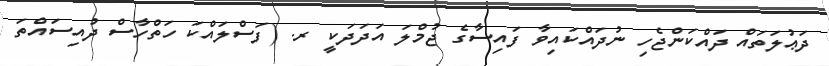
ދަޢުލަތައް ދައްކަންޖެހި ނުދައްކައިވާ ފައިސާގެ ޖުމްލަ އަދަދަކީ ރ. (ފަސްލައްކަ ހަތްހާސް ދުއިސައްތަ